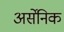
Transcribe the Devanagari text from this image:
अर्सेनिक